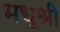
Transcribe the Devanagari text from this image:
मधूश्री